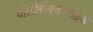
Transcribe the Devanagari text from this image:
पॉलीसैक्काराइड